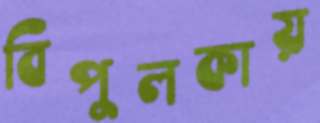
বিপুলকায়